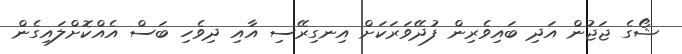
ޝޯގެ ޖަޖުން އަދި ބައިވެރިން ފުދޭވަރަކަށް އިނގިރޭސި އާއި ދިވެހި ބަސް އެއްކޮށްލައިގެން